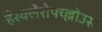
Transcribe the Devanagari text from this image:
हैंस्क्लेरोफ्य्ल्लोउस